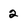
Character: 2